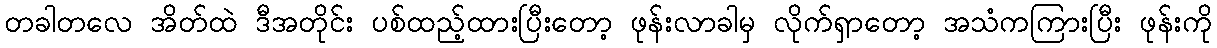
တခါတလေ အိတ်ထဲ ဒီအတိုင်း ပစ်ထည့်ထားပြီးတော့ ဖုန်းလာခါမှ လိုက်ရှာတော့ အသံကကြားပြီး ဖုန်းကို